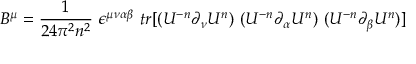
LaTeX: B ^ { \mu } = \frac { 1 } { 2 4 \pi ^ { 2 } n ^ { 2 } } ~ \epsilon ^ { \mu \nu \alpha \beta } ~ t r [ ( U ^ { - n } \partial _ { \nu } U ^ { n } ) ~ ( U ^ { - n } \partial _ { \alpha } U ^ { n } ) ~ ( U ^ { - n } \partial _ { \beta } U ^ { n } ) ]